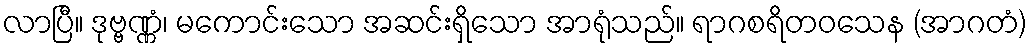
လာပြီ။ ဒုဗ္ဗဏ္ဏံ၊ မကောင်းသော အဆင်းရှိသော အာရုံသည်။ ရာဂစရိတဝသေန (အာဂတံ)